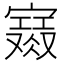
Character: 𡫙